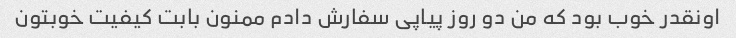
اونقدر خوب بود که من دو روز پیاپی سفارش دادم ممنون بابت کیفیت خوبتون